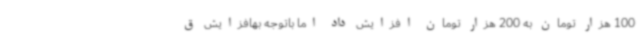
100 هزار تومان به 200 هزار تومان افزایش داد اما باتوجه بهافزایش ق